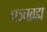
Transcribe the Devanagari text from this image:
पञ्चब्रह्म